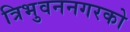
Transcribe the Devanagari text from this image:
त्रिभुवननगरको